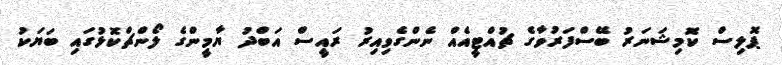
ޕޮލިސް ކޮމިޝަނަރު ބޭސްފަރުވާގެ ޗުއްޓީއެއް ނެންގެވިއިރު ރައީސް އަބްދު ޔާމީންގެ ލޯންޗްކޮޅުގައި ބަޔަކު